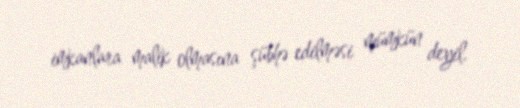
imkanlara malik olmasına şübhə edilməsi mümkün deyil.